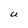
Character: U